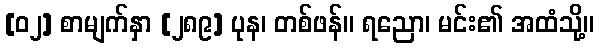
[၀၂] စာမျက်နှာ [၂၈၉] ပုန၊ တစ်ဖန်။ ရညော၊ မင်း၏ အထံသို့။